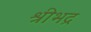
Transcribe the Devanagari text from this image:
श्रीभद्र